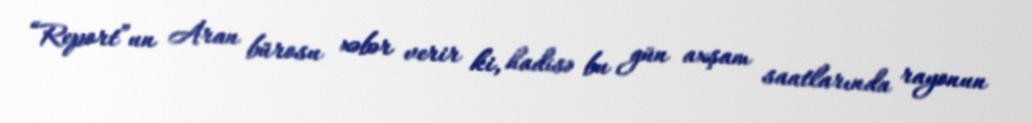
“Report”un Aran bürosu xəbər verir ki, hadisə bu gün axşam saatlarında rayonun